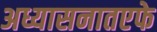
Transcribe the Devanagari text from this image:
अध्यासनातएफे